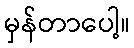
မှန်တာပေါ့။